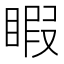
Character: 睱